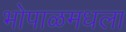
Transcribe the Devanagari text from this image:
भोपाळमधला